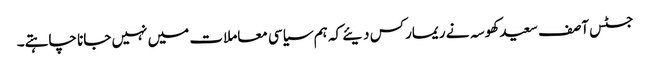
جسٹس آصف سعید کھوسہ نے ریمارکس دیئے کہ ہم سیاسی معاملات میں نہیں جانا چاہتے۔